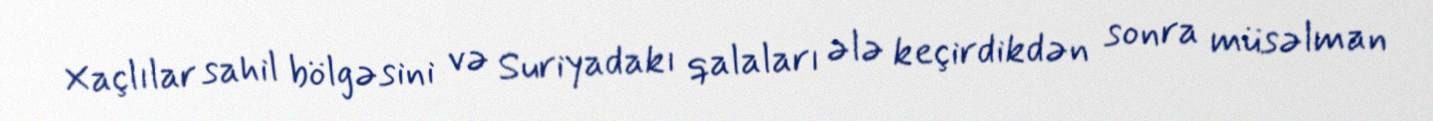
Xaçlılar sahil bölgəsini və Suriyadakı qalaları ələ keçirdikdən sonra müsəlman